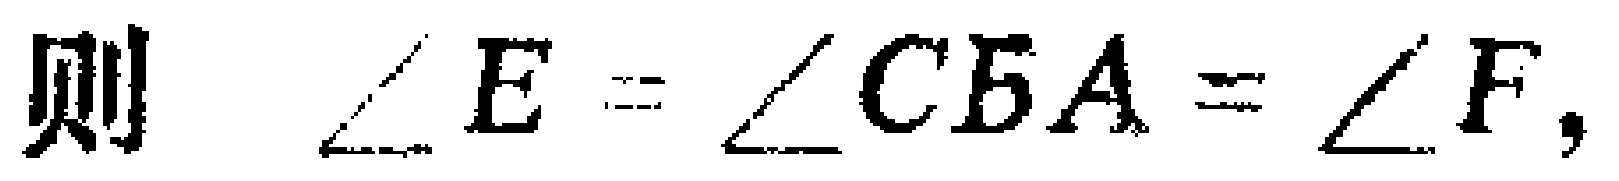
则 $\angle E = \angle CBA = \angle F,$